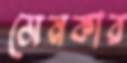
মেনকার